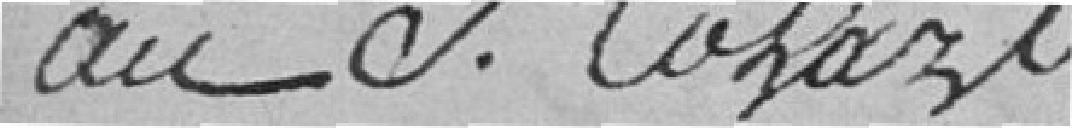
au S.Colard.